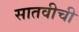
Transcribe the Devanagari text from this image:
सातवीची